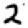
Digit: 2